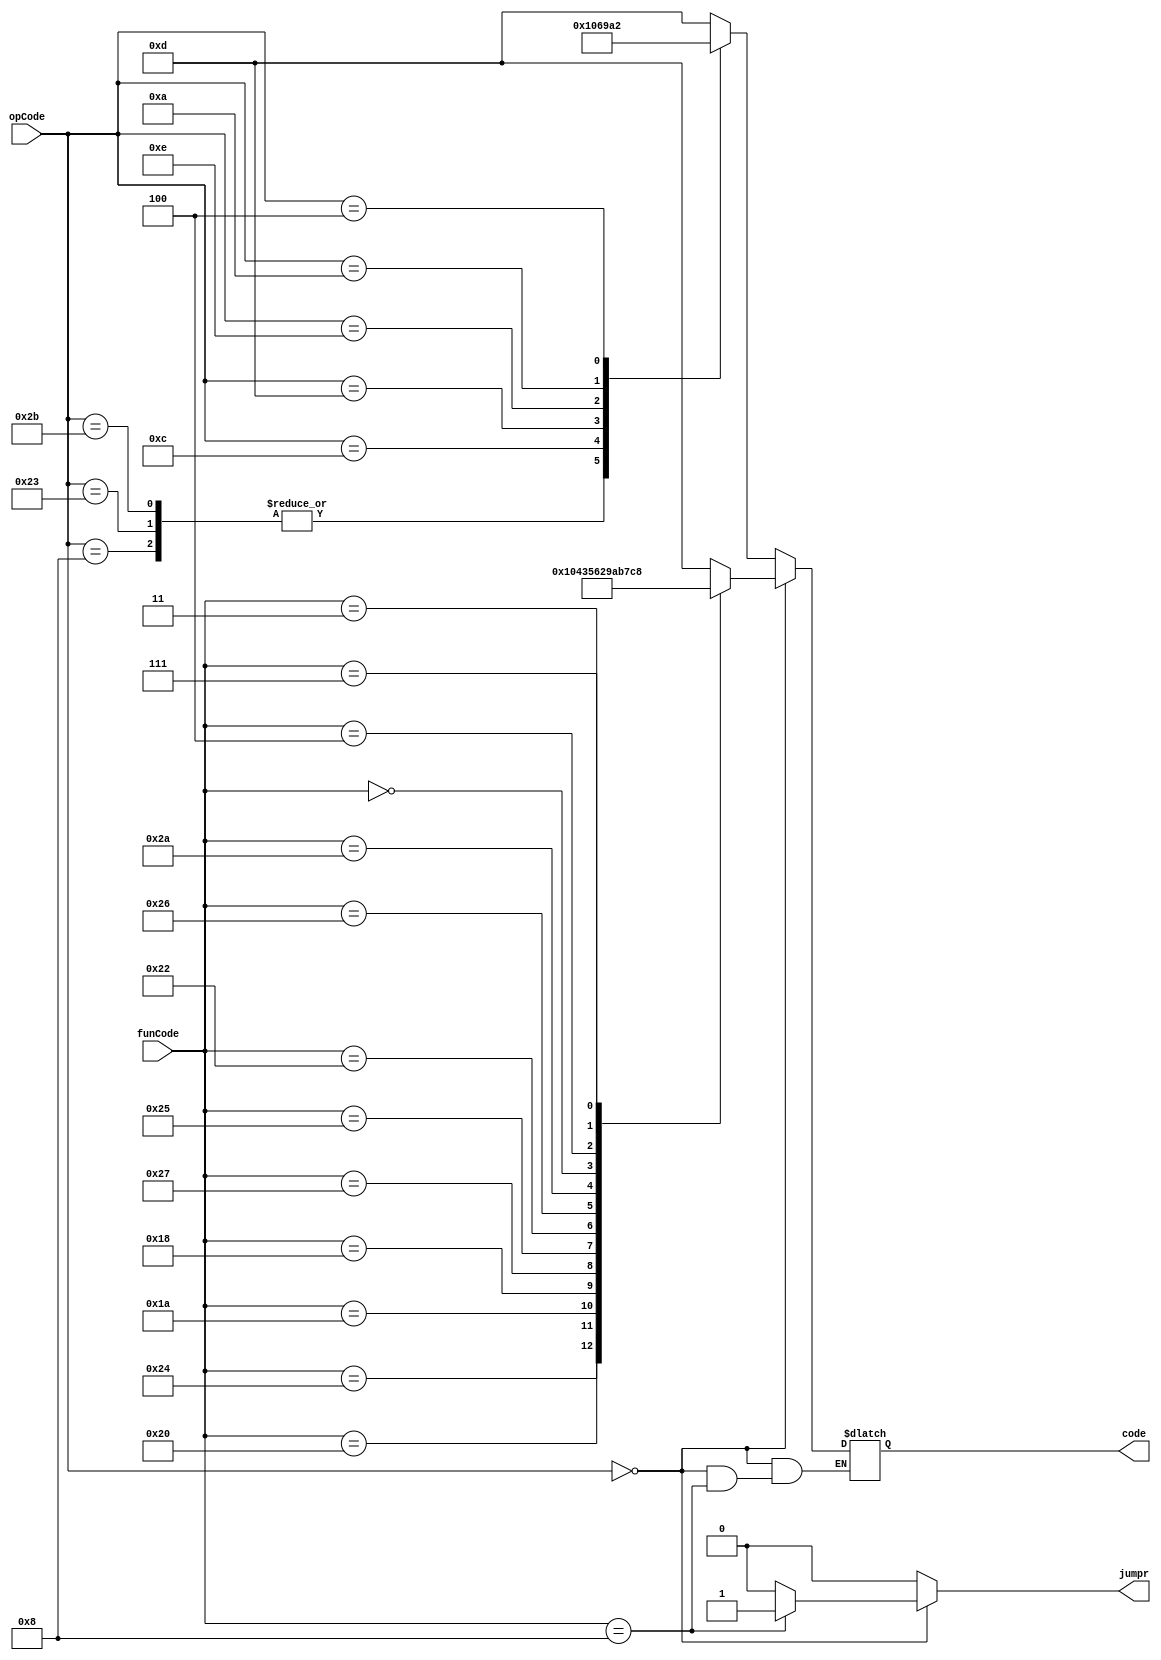
module ALUctrl (input [5:0] opCode,
					input [5:0] funCode,
					output reg jumpr,
					output reg [3:0] code);

	
	always @(opCode, funCode) 
	begin
		jumpr = 0;
		if(opCode == 0)
			case(funCode)
				32: code = 1; 
				36: code = 0;
				26: code = 4;
				24: code = 3;
				39: code = 5;
				37: code = 6;
				34: code = 2; 		
				38: code = 9; 
				42: code = 10;
				0: code = 11;
				4: code = 7;
				3: code = 12;
				7: code = 8;
				8: jumpr = 1;
				default: code = 13;
			endcase
		else
			case(opCode)
				8: code = 1;
				35: code = 1;
				43: code = 1;
				12: code = 0;
				13: code = 6;
				14: code = 9;
				10: code = 10;
				4: code = 2;
				default: code = 13;
			endcase		
	end
endmodule